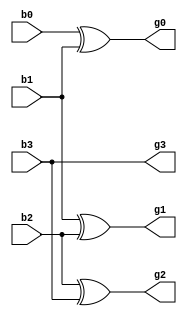
module binary_to_gray(b0,b1,b2,b3,g0,g1,g2,g3);
input b0,b1,b2,b3;
output g0,g1,g2,g3;

xor x1(g0,b0,b1);
xor x2(g1,b1,b2);
xor x3(g2,b2,b3);
and a(g3,b3,b3);


endmodule